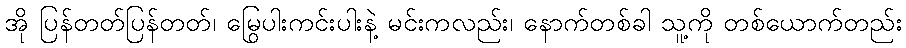
အို ပြန်တတ်ပြန်တတ်၊ မြွေပါးကင်းပါးနဲ့ မင်းကလည်း၊ နောက်တစ်ခါ သူ့ကို တစ်ယောက်တည်း